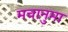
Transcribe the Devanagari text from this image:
मचानुमा